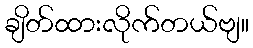
ချိတ်ထားလိုက်တယ်ဗျ။